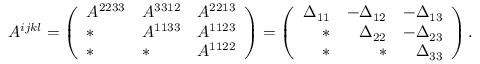
A ^ { i j k l } = \left( \begin{array} { l l l } { A ^ { 2 2 3 3 } } & { A ^ { 3 3 1 2 } } & { A ^ { 2 2 1 3 } } \\ { * } & { A ^ { 1 1 3 3 } } & { A ^ { 1 1 2 3 } } \\ { * } & { * } & { A ^ { 1 1 2 2 } } \end{array} \right) = \left( \begin{array} { r r r } { \Delta _ { 1 1 } } & { - \Delta _ { 1 2 } } & { - \Delta _ { 1 3 } } \\ { * } & { \Delta _ { 2 2 } } & { - \Delta _ { 2 3 } } \\ { * } & { * } & { \Delta _ { 3 3 } } \end{array} \right) .